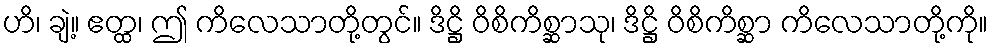
ဟိ၊ ချဲ့။ ဧတ္ထ၊ ဤ ကိလေသာတို့တွင်။ ဒိဋ္ဌိ ဝိစိကိစ္ဆာသု၊ ဒိဋ္ဌိ ဝိစိကိစ္ဆာ ကိလေသာတို့ကို။